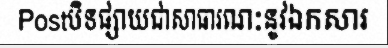
Postបិទផ្សាយជាសាធារណៈនូវឯកសារ